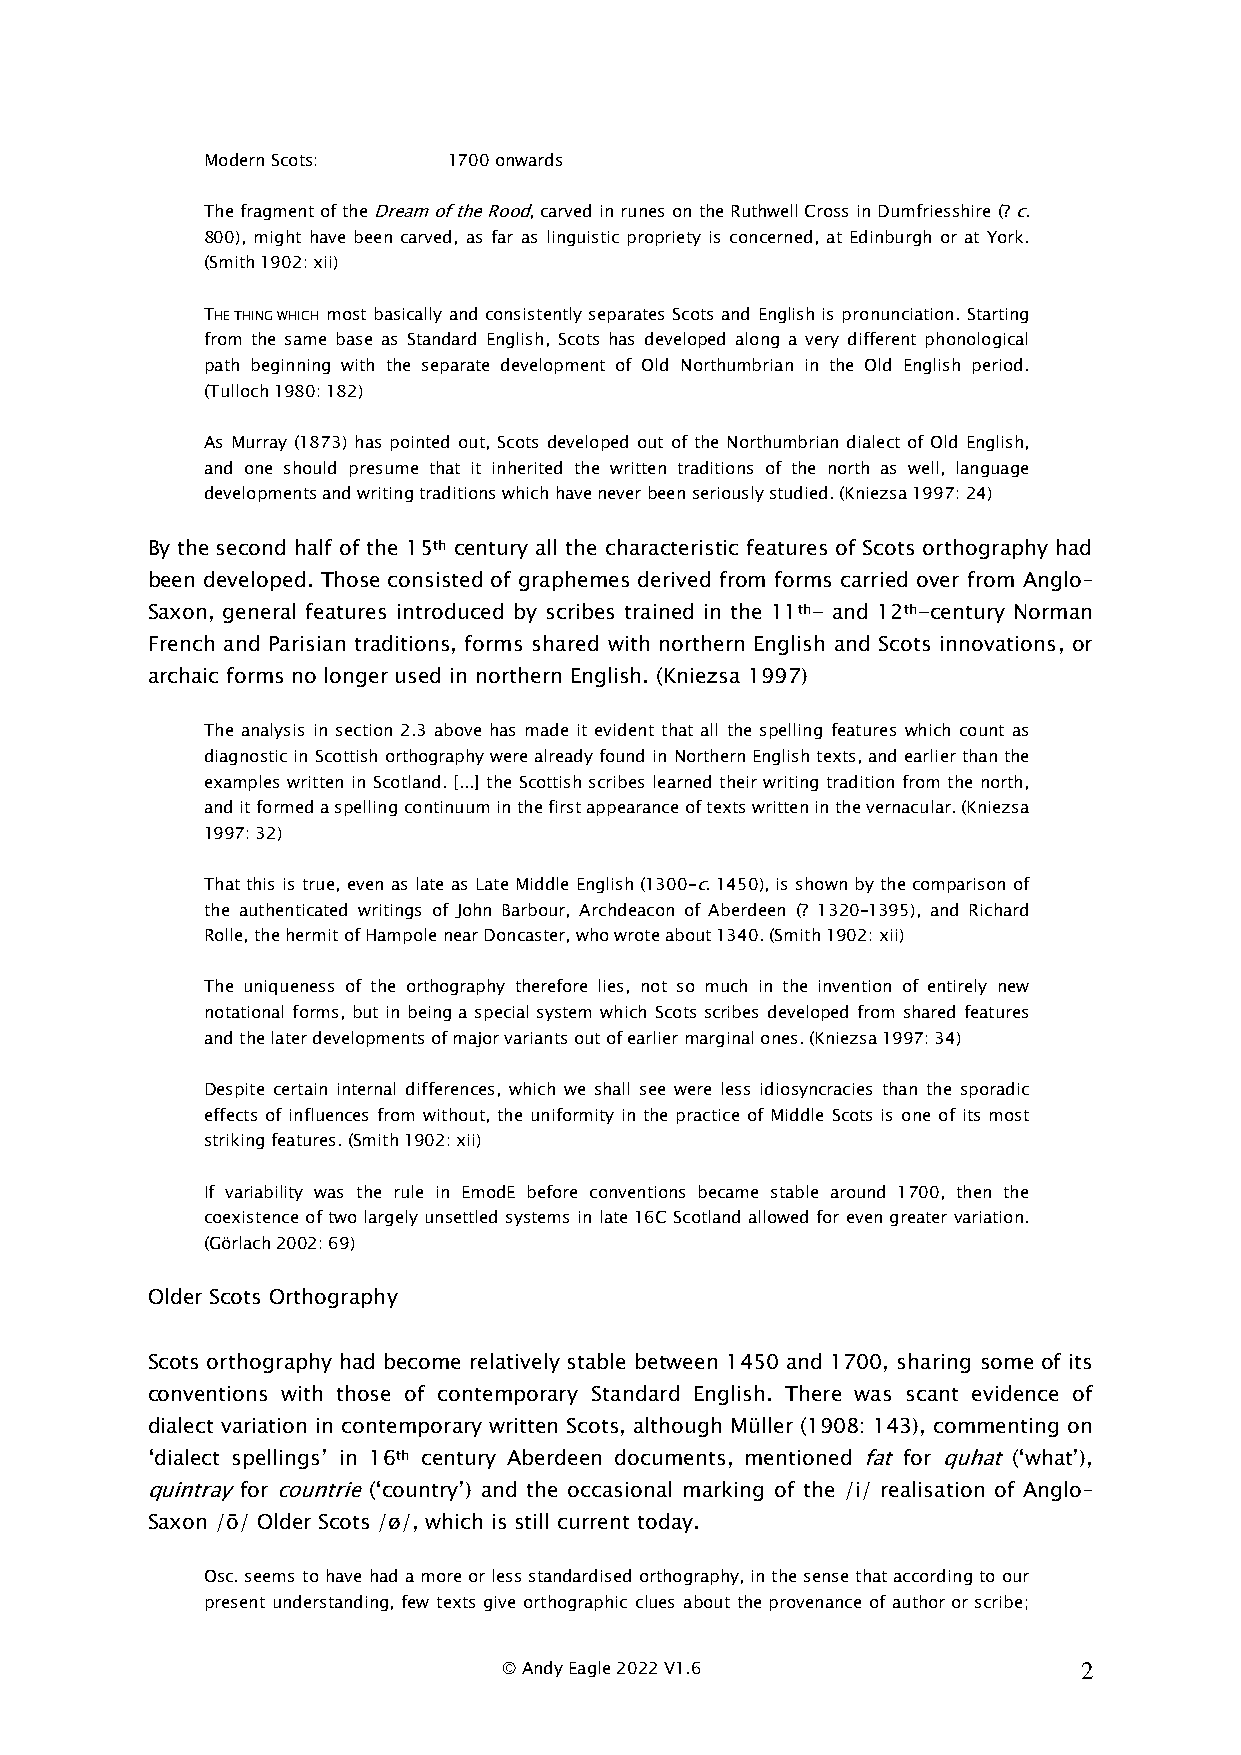
Modern Scots:    1700 onwards
 The fragment of the Dream of the Rood, carved in runes on the Ruthwell Cross in Dumfriesshire (? c.
 800), might have been carved, as far as linguistic propriety is concerned, at Edinburgh or at York.
 (Smith 1902: xii)
 THE THING WHICH most basically and consistently separates Scots and English is pronunciation. Starting
 from the same base as Standard English, Scots has developed along a very different phonological
 path beginning with the separate development of Old Northumbrian in the Old English period.
 (Tulloch 1980: 182)
 As Murray (1873) has pointed out, Scots developed out of the Northumbrian dialect of Old English,
 and one should presume that it inherited the written traditions of the north as well, language
 developments and writing traditions which have never been seriously studied. (Kniezsa 1997: 24)
 By the second half of the 15th century all the characteristic features of Scots orthography had
 been developed. Those consisted of graphemes derived from forms carried over from Anglo–
 Saxon, general features introduced by scribes trained in the 11th- and 12th-century Norman
 French and Parisian traditions, forms shared with northern English and Scots innovations, or
 archaic forms no longer used in northern English. (Kniezsa 1997)
 The analysis in section 2.3 above has made it evident that all the spelling features which count as
 diagnostic in Scottish orthography were already found in Northern English texts, and earlier than the
 examples written in Scotland. [...] the Scottish scribes learned their writing tradition from the north,
 and it formed a spelling continuum in the first appearance of texts written in the vernacular. (Kniezsa
 1997: 32)
 That this is true, even as late as Late Middle English (1300–c. 1450), is shown by the comparison of
 the authenticated writings of John Barbour, Archdeacon of Aberdeen (? 1320–1395), and Richard
 Rolle, the hermit of Hampole near Doncaster, who wrote about 1340. (Smith 1902: xii)
 The uniqueness of the orthography therefore lies, not so much in the invention of entirely new
 notational forms, but in being a special system which Scots scribes developed from shared features
 and the later developments of major variants out of earlier marginal ones. (Kniezsa 1997: 34)
 Despite certain internal differences, which we shall see were less idiosyncracies than the sporadic
 effects of influences from without, the uniformity in the practice of Middle Scots is one of its most
 striking features. (Smith 1902: xii)
 If variability was the rule in EmodE before conventions became stable around 1700, then the
 coexistence of two largely unsettled systems in late 16C Scotland allowed for even greater variation.
 (Görlach 2002: 69)
 Older Scots Orthography
 Scots orthography had become relatively stable between 1450 and 1700, sharing some of its
 conventions with those of contemporary Standard English. There was scant evidence of
 dialect variation in contemporary written Scots, although Müller (1908: 143), commenting on
 ‘dialect spellings’ in 16th century Aberdeen documents, mentioned fat for quhat (‘what’),
 quintray for countrie (‘country’) and the occasional marking of the /i/ realisation of Anglo–
 Saxon /ō/ Older Scots /ø/, which is still current today.
 Osc. seems to have had a more or less standardised orthography, in the sense that according to our
 present understanding, few texts give orthographic clues about the provenance of author or scribe;
 © Andy Eagle 2022 V1.6                 2